Theory and practice of anti-rabic immunisation - Number 30
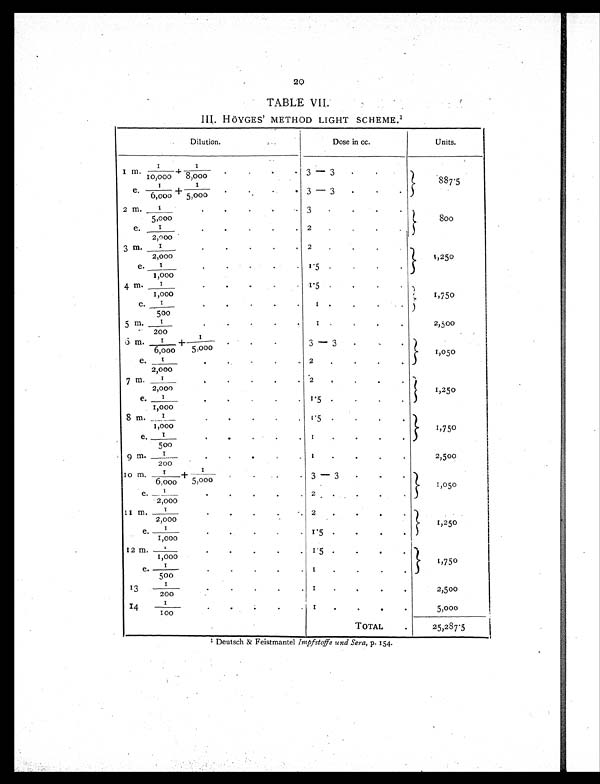
20
TABLE VII.
III. HÖYGES ' METHOD LIGHT SCHEME.1
Dilution.
Dose in cc.
Units.
1 m.1/10,000+1/8,000
3 – 3
.
.
887.5
3 – 3
. .
e . 1 / 6 , 0 0 0 + 1 / 5 , 0 0 0
2 m. 1/5,000 . . . .
3
. . . .
800
2
.
.
.
e. 1/2,000 . . . .
3
m.1/2,000 . . . .
2
. . .
1,250
1.5 .
. . .
e. 1/1,000. . . . .
4
m. 1/1,000 . . . .
1.5 . . .
1,750
1
.
.
.
.
e. 1/500 . . .
5
m. 1/200 . . . .
1
.
. . .
2,500
6 m. 1/6,000+1/5,000 . . . . .
3–3 . . . .
1,050
2
.
.
.
.
e. 1/1,000 . . . .
7 m. 1/2,000 . . . . .
2
. . . .
1,250
1.5 .
..
.
.
e. 1/000 . . . . .
8 m. 1/1,000 . . . . .
1.5 .
.
.
.
1,750
1
. . . .
e. 1/500 . . . . .
9
m. 1/200 . . . . . .
1
.
.
.
2,500
1 0 m. 1/6,000+1/5,000 . . . .
3 – 3
. . .
1,050
2
.
.
.
e . 1 / 2 , 0 0 0 . . . . . .
1 1
m . 1 / 2 , 0 0 0 . . . . .
2
.
. . •
1,250
1.5 . . . .
e . 1 / 1 , 1 0 0 0 . . . .
12 m. 1/1,000 . . . . .
1.5
.
.
.
1,750
1 . . . . . .
e . 1 / 5 0 0 . . . . .
13
1 / 2 0 0 . . . .
1.
.
.
.
2,500
14
1 / 1 0 0 . . . . .
1.
. . .
5,000
TOTAL
.
25,287.5
1 Deutsch & Feistmantel Impfstoffe and Sera, p. 154.